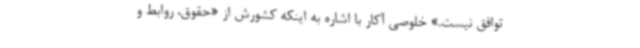
توافق نیست.» خلوصی آکار با اشاره به اینکه کشورش از «حقوق، روابط و